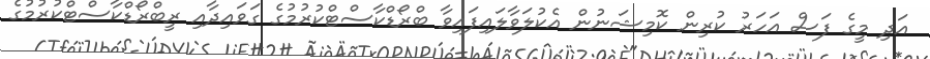
އަދި މީގެ ފަސް އަހަރު ކުރިން ކޮމިޝަނުން އެކުލަވާލައިފައިވާ ބްރޯޑްކާސްޓްކުރުމުގެ ގަވައިދާއި ރީބްރޯޑްކާސްޓްކުރުމުގެ